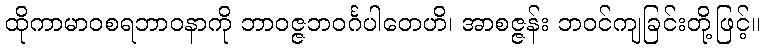
ထိုကာမာဝစရဘာဝနာကို ဘာဝဇ္ဇဘဝင်္ဂပါတေဟိ၊ အာစဇ္ဇန်း ဘဝင်ကျခြင်းတို့ဖြင့်။